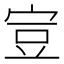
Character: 𧯜